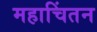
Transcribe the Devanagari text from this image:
महाचिंतन